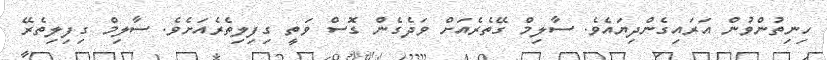
ހިނިތުންވުން އަރައިގެންދިޔައެވެ. ސާލިމް ގޭތެރެއަށް ވަދެގެން ގޮސް ވަތީ ގިފިލިތެރެއަށެވެ. ސާލިމް ގިފިލިތެރޭ